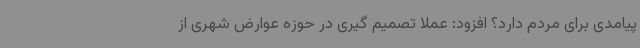
پیامدی برای مردم دارد؟ افزود: عملا تصمیم گیری در حوزه عوارض شهری از